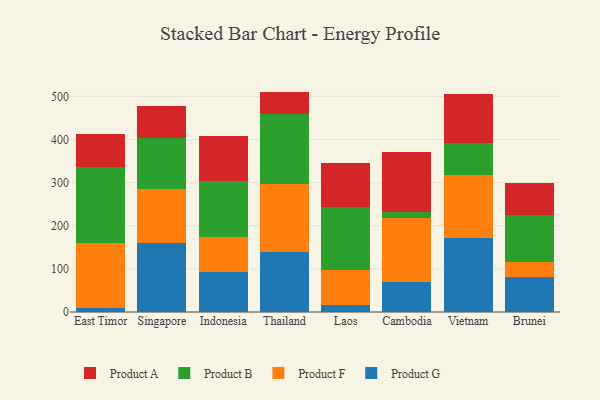
{"axis": {"x": "Country", "y": "Page Views"}, "legend": ["Product A", "Product B", "Product F", "Product G"], "data": [{"x": "East Timor", "y": 9.8, "type": "Product G"}, {"x": "East Timor", "y": 150.4, "type": "Product F"}, {"x": "East Timor", "y": 175.8, "type": "Product B"}, {"x": "East Timor", "y": 77.4, "type": "Product A"}, {"x": "Singapore", "y": 159.4, "type": "Product G"}, {"x": "Singapore", "y": 126.0, "type": "Product F"}, {"x": "Singapore", "y": 118.1, "type": "Product B"}, {"x": "Singapore", "y": 74.8, "type": "Product A"}, {"x": "Indonesia", "y": 92.1, "type": "Product G"}, {"x": "Indonesia", "y": 83.0, "type": "Product F"}, {"x": "Indonesia", "y": 128.2, "type": "Product B"}, {"x": "Indonesia", "y": 105.8, "type": "Product A"}, {"x": "Thailand", "y": 139.8, "type": "Product G"}, {"x": "Thailand", "y": 156.2, "type": "Product F"}, {"x": "Thailand", "y": 164.2, "type": "Product B"}, {"x": "Thailand", "y": 51.0, "type": "Product A"}, {"x": "Laos", "y": 15.2, "type": "Product G"}, {"x": "Laos", "y": 82.9, "type": "Product F"}, {"x": "Laos", "y": 145.7, "type": "Product B"}, {"x": "Laos", "y": 101.3, "type": "Product A"}, {"x": "Cambodia", "y": 69.1, "type": "Product G"}, {"x": "Cambodia", "y": 149.9, "type": "Product F"}, {"x": "Cambodia", "y": 12.0, "type": "Product B"}, {"x": "Cambodia", "y": 139.8, "type": "Product A"}, {"x": "Vietnam", "y": 172.2, "type": "Product G"}, {"x": "Vietnam", "y": 144.6, "type": "Product F"}, {"x": "Vietnam", "y": 74.4, "type": "Product B"}, {"x": "Vietnam", "y": 113.9, "type": "Product A"}, {"x": "Brunei", "y": 80.6, "type": "Product G"}, {"x": "Brunei", "y": 35.6, "type": "Product F"}, {"x": "Brunei", "y": 109.4, "type": "Product B"}, {"x": "Brunei", "y": 73.2, "type": "Product A"}]}